DOW-UAP-D48, Department of the Air Force Report, 1996
Agency: Department of War
Incident date: 9/10/96
Page 102
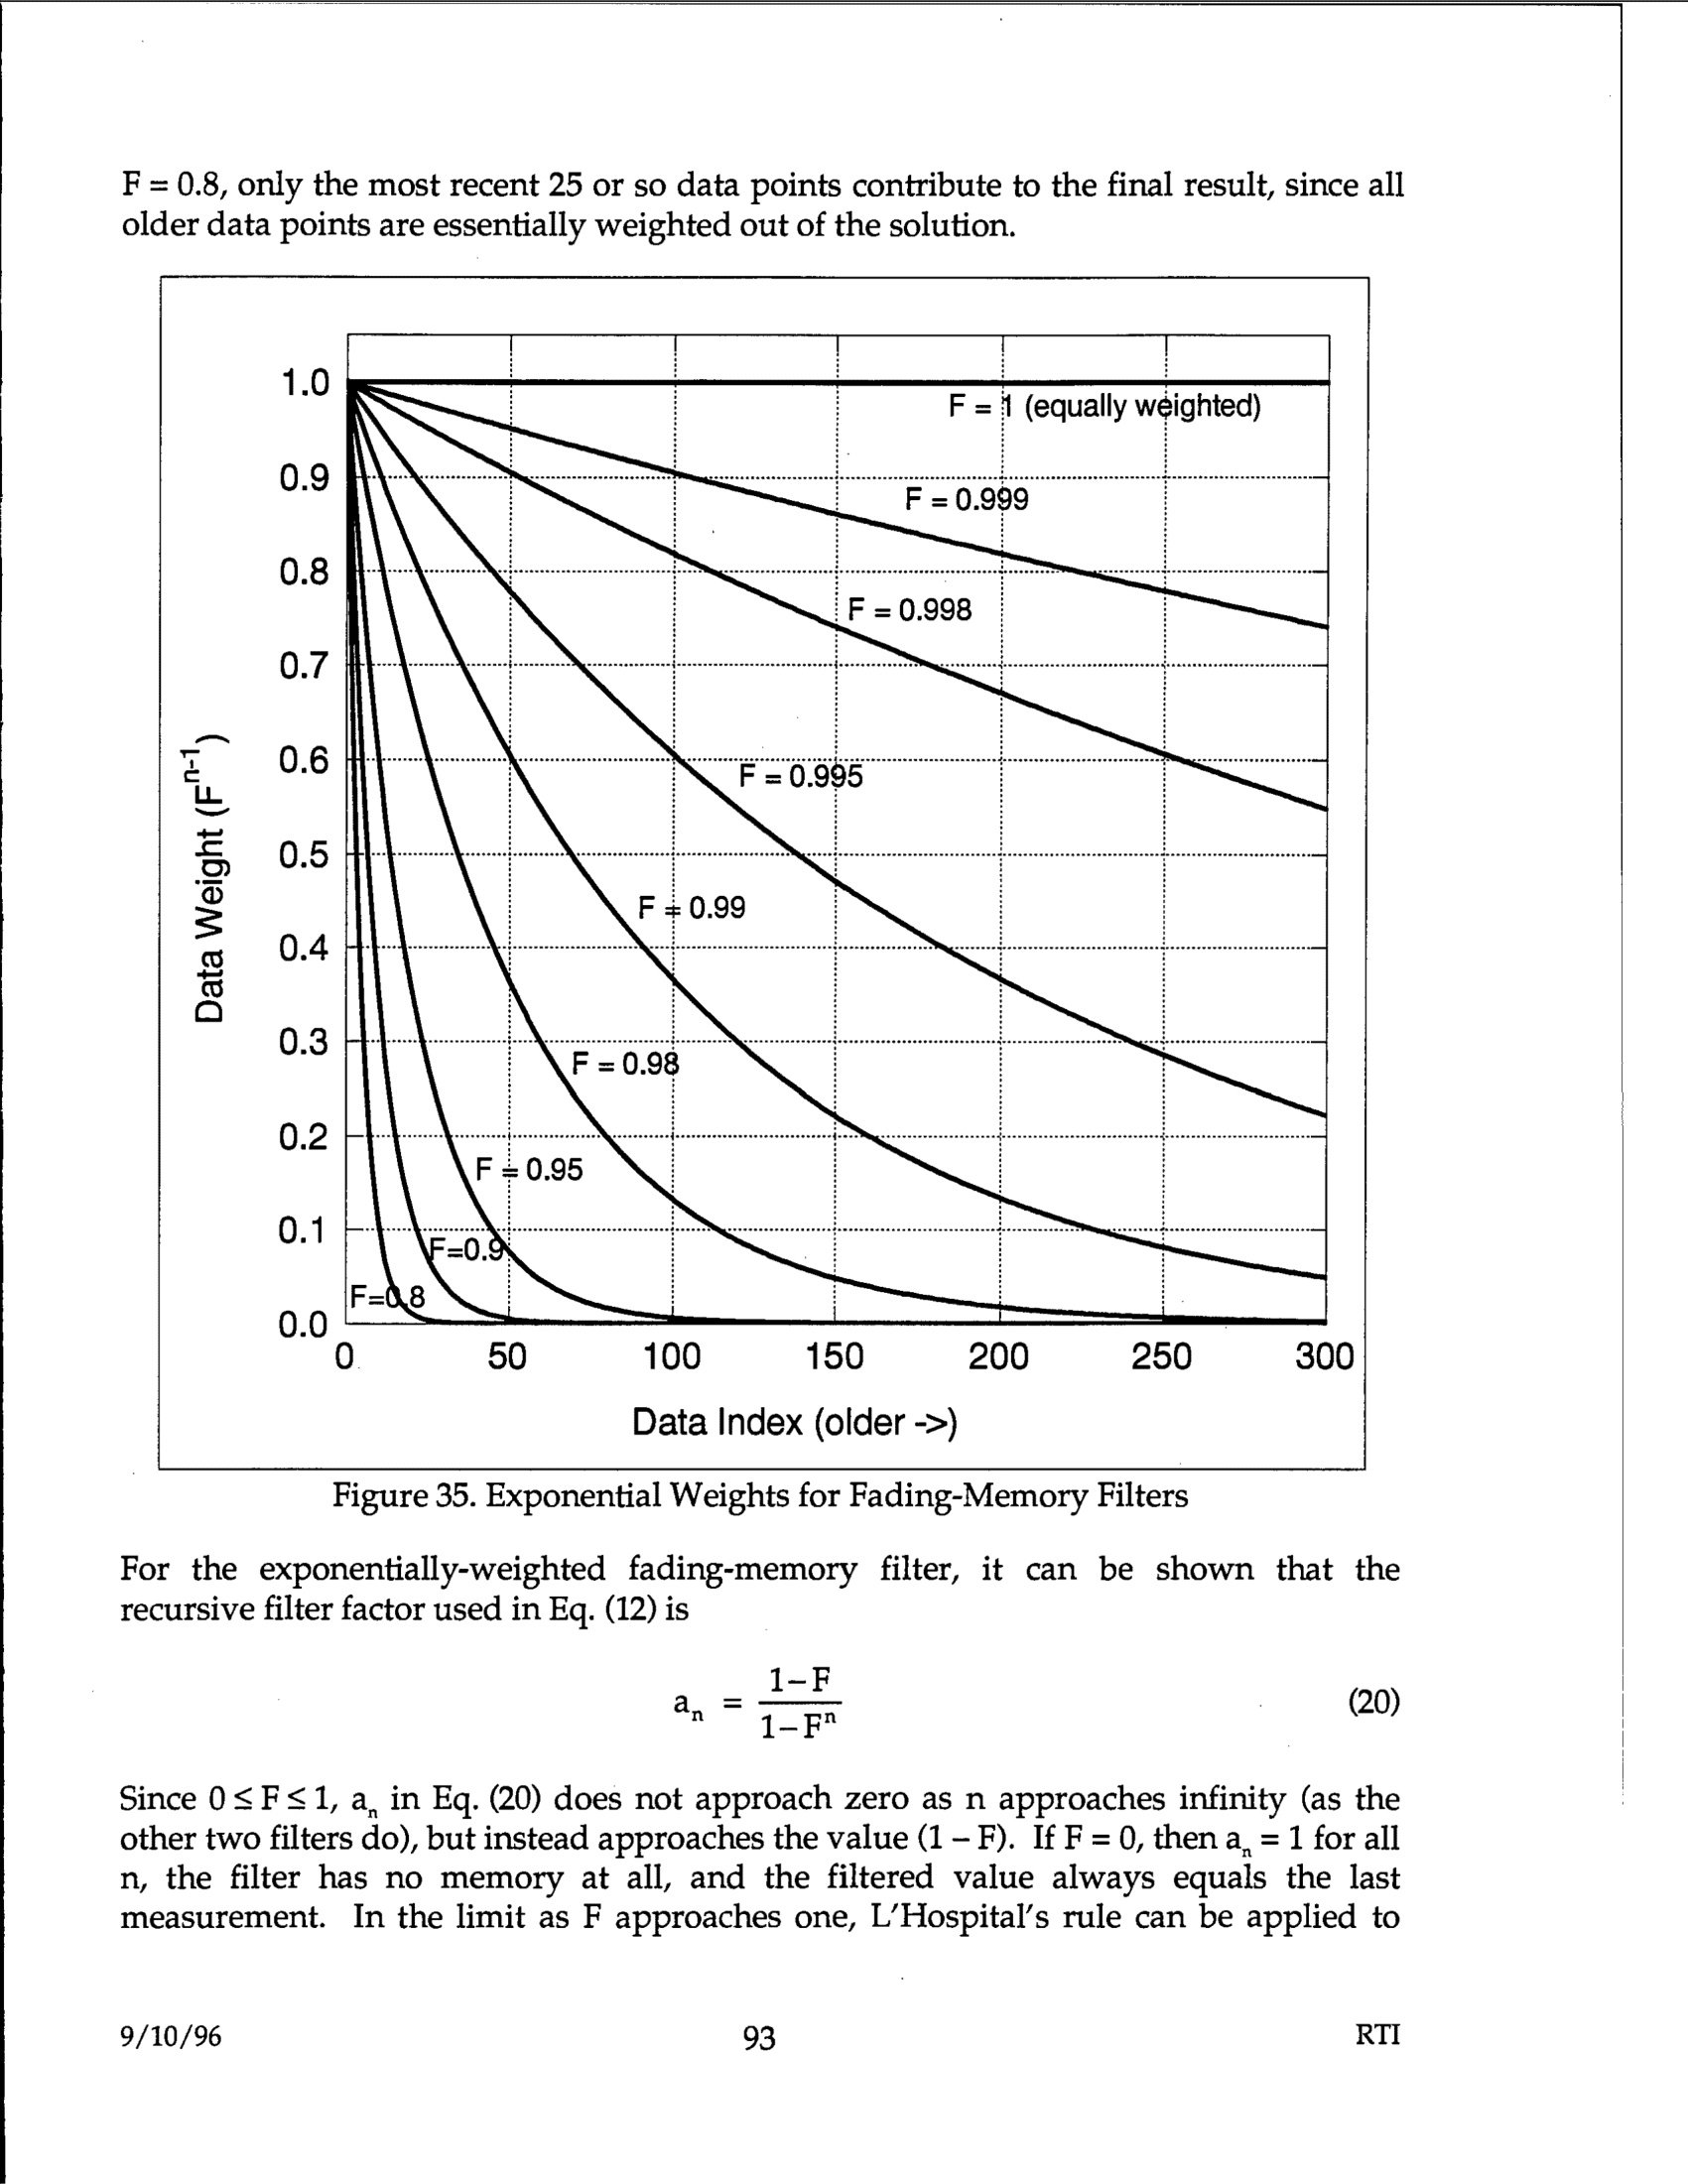